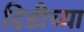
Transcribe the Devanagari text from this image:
दिडीच्या